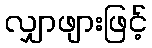
လျှာဖျားဖြင့်